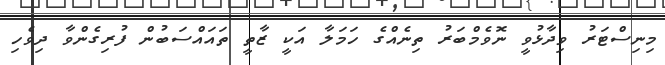
މިނިސްޓަރު ވިދާޅުވީ ނޮވެމްބަރު ތިނެއްގެ ހަމަލާ އަކީ ޒާތީ ތައައްސަބުން ފުރިގެންވާ ދިވެހި